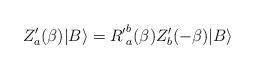
LaTeX: \begin{align*}Z'_a(\beta) |B \rangle = {R'}^{b}_{a}(\beta)Z'_b(-\beta) |B \rangle\end{align*}